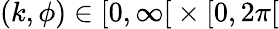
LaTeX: (k,\phi)\in\left[0,\infty\right[\times\left[0,2\pi\right[